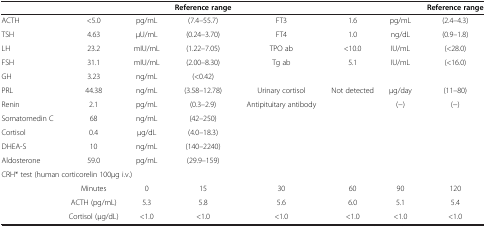
<table><thead><tr><td><b> </b></td><td><b> </b></td><td><b> </b></td><td><b>Reference range</b></td><td><b> </b></td><td><b> </b></td><td><b> </b></td><td><b>Reference range</b></td></tr></thead><tbody><tr><td>ACTH</td><td>&lt;5.0</td><td>pg/mL</td><td>(7.4–55.7)</td><td>FT3</td><td>1.6</td><td>pg/mL</td><td>(2.4–4.3)</td></tr><tr><td>TSH</td><td>4.63</td><td>μU/mL</td><td>(0.24–3.70)</td><td>FT4</td><td>1.0</td><td>ng/dL</td><td>(0.9–1.8)</td></tr><tr><td>LH</td><td>23.2</td><td>mIU/mL</td><td>(1.22–7.05)</td><td>TPO ab</td><td>&lt;10.0</td><td>IU/mL</td><td>(&lt;28.0)</td></tr><tr><td>FSH</td><td>31.1</td><td>mIU/mL</td><td>(2.00–8.30)</td><td>Tg ab</td><td>5.1</td><td>IU/mL</td><td>(&lt;16.0)</td></tr><tr><td>GH</td><td>3.23</td><td>ng/mL</td><td>(&lt;0.42)</td><td> </td><td> </td><td> </td><td> </td></tr><tr><td>PRL</td><td>44.38</td><td>ng/mL</td><td>(3.58–12.78)</td><td>Urinary cortisol</td><td>Not detected</td><td>μg/day</td><td>(11–80)</td></tr><tr><td>Renin</td><td>2.1</td><td>pg/mL</td><td>(0.3–2.9)</td><td>Antipituitary antibody</td><td> </td><td>(−)</td><td>(−)</td></tr><tr><td>Somatomedin C</td><td>68</td><td>ng/mL</td><td>(42–250)</td><td> </td><td> </td><td> </td><td> </td></tr><tr><td>Cortisol</td><td>0.4</td><td>μg/dL</td><td>(4.0–18.3)</td><td> </td><td> </td><td> </td><td> </td></tr><tr><td>DHEA-S</td><td>10</td><td>ng/mL</td><td>(140–2240)</td><td> </td><td> </td><td> </td><td> </td></tr><tr><td>Aldosterone</td><td>59.0</td><td>pg/mL</td><td>(29.9–159)</td><td> </td><td> </td><td> </td><td> </td></tr><tr><td colspan="8">CRH* test (human corticorelin 100μg i.v.)</td></tr><tr><td> </td><td>Minutes</td><td>0</td><td>15</td><td>30</td><td>60</td><td>90</td><td>120</td></tr><tr><td> </td><td>ACTH (pg/mL)</td><td>5.3</td><td>5.8</td><td>5.6</td><td>6.0</td><td>5.1</td><td>5.4</td></tr><tr><td> </td><td>Cortisol (μg/dL)</td><td>&lt;1.0</td><td>&lt;1.0</td><td>&lt;1.0</td><td>&lt;1.0</td><td>&lt;1.0</td><td>&lt;1.0</td></tr></tbody></table>